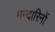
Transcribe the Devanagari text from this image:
मन्दारिनों